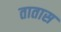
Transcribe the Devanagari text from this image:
तातास